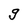
Character: g